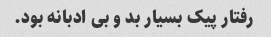
رفتار پیک بسیار بد و بی ادبانه بود.